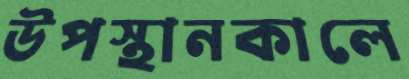
উপস্থানকালে